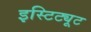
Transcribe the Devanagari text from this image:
इस्टिट्यूट